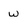
Character: w